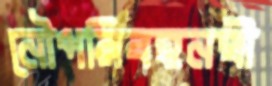
নৌপরিবহনন্ত্রী